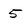
Character: 5